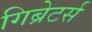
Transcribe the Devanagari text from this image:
गिब्रेटर्स